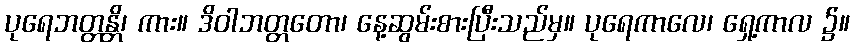
ပုရေဘတ္တန္တိ၊ ကား။ ဒိဝါဘတ္တတော၊ နေ့ဆွမ်းစားပြီးသည်မှ။ ပုရေကာလေ၊ ရှေ့ကာလ ၌။